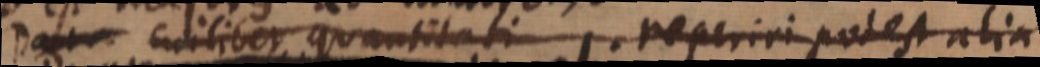
Data quantitate reperiri potest alia